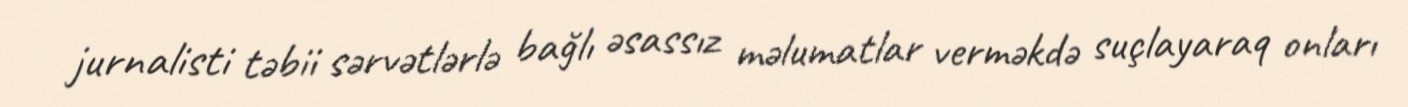
jurnalisti təbii sərvətlərlə bağlı əsassız məlumatlar verməkdə suçlayaraq onları